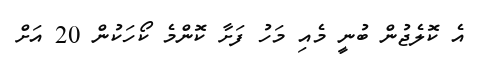
އެ ކޮލެޖުން ބުނީ މެއި މަހު ފަށާ ކޮންމެ ކޯހަކުން 20 އަށް